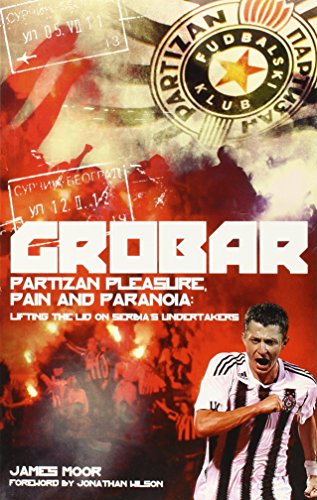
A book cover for Grobar: Partizan Pleasure, Pain and Paranoia: Lifting the Lid on Serbia's Undertakers; James Moor; Travel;